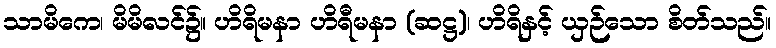
သာမိကေ၊ မိမိလင်၌။ ဟိရိမနာ ဟိရီမနာ (ဆဋ္ဌ)၊ ဟိရိနှင့် ယှဉ်သော စိတ်သည်။